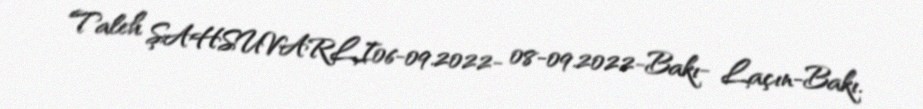
Taleh ŞAHSUVARLI06-09.2022- 08-09.2022-Bakı- Laçın-Bakı.